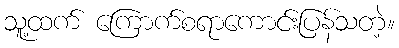
သူ့ထက် ကြောက်စရာကောင်းပြန်သတဲ့။